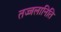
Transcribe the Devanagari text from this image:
तज्जलानिति